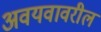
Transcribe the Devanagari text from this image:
अवयवावरील